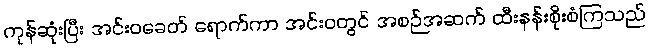
ကုန်ဆုံးပြီး အင်းဝခေတ် ရောက်ကာ အင်းဝတွင် အစဉ်အဆက် ထီးနန်းစိုးစံကြသည်